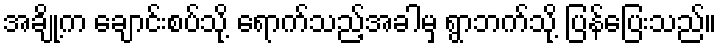
အချို့က ချောင်းစပ်သို့ ရောက်သည့်အခါမှ ရွာဘက်သို့ ပြန်ပြေးသည်။